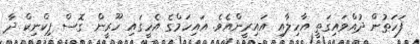
ފަހަތުން ދުއްވައިގަތީ އާހިލާއި އައިރީންއެވެ. އައިހަމްގެ އެހީގައި ހޫރީން ގޮސް ޕިކްނިކް ދާ